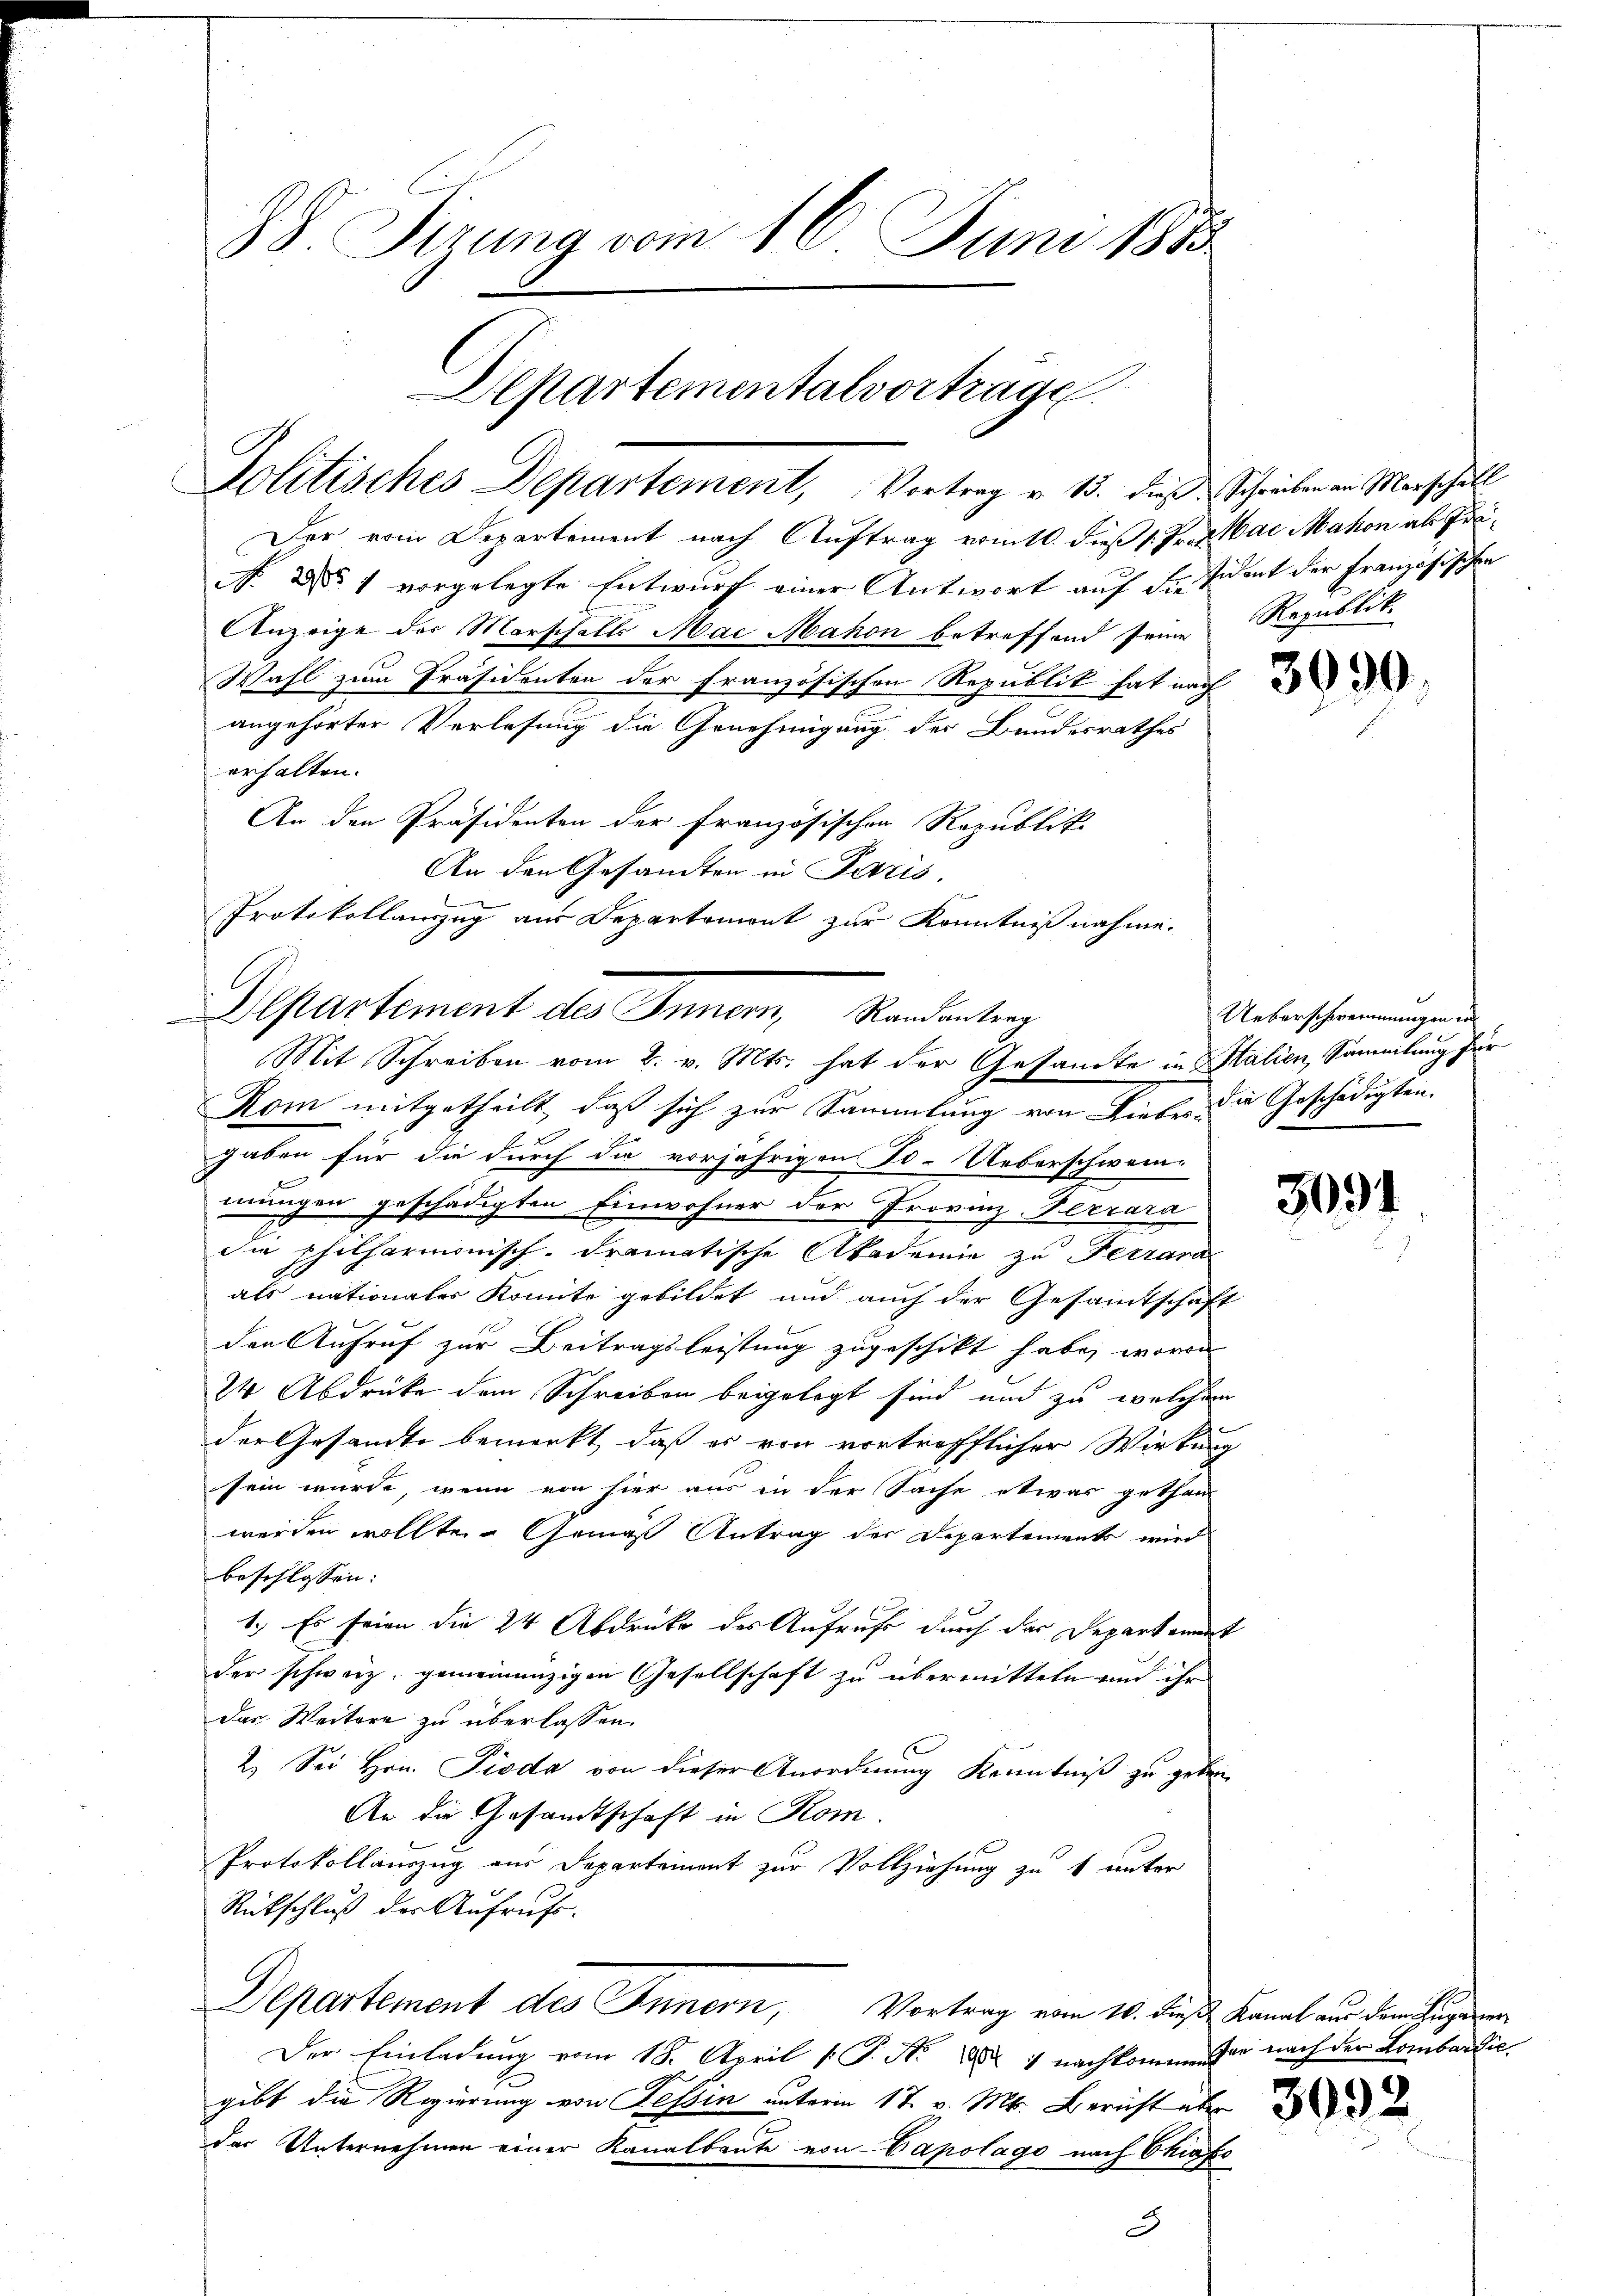
88 Firung vom 16. Juni 1883

Politisches Departement, Vortrag v. 13. die Schreiben an Marschill

Der vom Departement nach Auftrag vom 10. dieß 1. Fr. 2. Mai Mahon als Prä¬
NNo. 2o 1 vorgelegte Entwurf einer Antwort auf die Eident der Französischen
Anzeige der Marschalls Mai Mahon betreffend seine Republik
Wahl zum Präsidenten der französischen Republik hat nach
angehörter Verlesung die Genehmigung der Bundesrathes
erhalten.
An den Präsidenten der Französischen Republik.
An den Gesamten in Paris.
Protokollauszug aus Departemont zur Kenntnißnahme.

Separtement des Innern Standenteng
Mit Schreiben vom 8. v. Mts. hat der Gesamte in Stalien, Sammlung für
Kom mitgetheilt, daß sich zur Sammlung von Liebe die Geschädigten.

Departementalvortrage

gaben für die durch die vorjährigen Fo-Ueberschwei-
mungen geschädigten Einwohner der Provinz-Ferrara
die philharmonisch-dramatische Akademie zu Ferrara
als nationaler Komite gebildet und auch der Gesamtschaft
den Aufruf zur Beitragsleistung zugeschikt habe, worin
24 Abdrücke dem Schreiben beigelegt sind und zu welchem
der Gesandte bemerkt, daß es von vortrefflicher Wirkung
sein würde, wenn von hier aus in der Sache etwas gethan
werden wollte. Gemäß Antrag der Departements wird
beschlossen:
1.) Es seien die 24 Abdrücke des Aufrufe durch das Departement
der schweiz. gemeinanzigen Gesellschaft zu übermitteln und ihr
Das Weitere zu überlassen.
2.) Sei Hrn. Pioda von dieser Anordnung Kenntniß zu geben
An die Gesandtschaft in Rom.
Protokollauszug aus Departement zur Vollziehung zu 1 unter
Rückschluß der Aufrufe.
Departement des Innern, Vortrag vom 10. dieß Kanal aus dem Eigenen
Der Einladung vom 18. April [ P. Nr. 1882 & nachkomme der nach der Lombardie
gibt die Regierung von Tessin unterm 17. v. Mts. Bericht aber
das Unternehmen einer Kanalbaute von Capolage nach Chrafi

3930

Ueberschwemmungen in

3091

3092